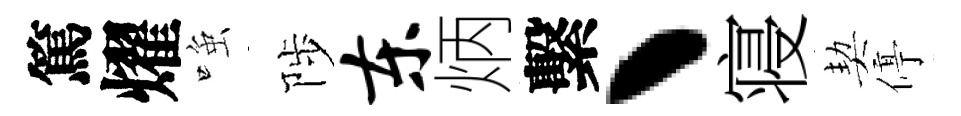
篤燿𫪻陟东炳繫丶寝契停